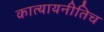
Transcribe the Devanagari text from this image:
कात्यायनीतिच